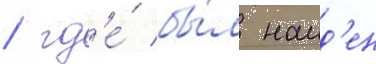
/ гд'е́ бы́л наид'ен